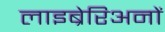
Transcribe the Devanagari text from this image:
लाइब्रेरिअनों